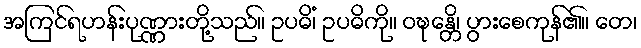
အကြင်ရဟန်းပုဏ္ဏားတို့သည်။ ဥပဓိံ၊ ဥပဓိကို။ ဝဍ္ဎေန္တိ၊ ပွားစေကုန်၏။ တေ၊